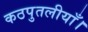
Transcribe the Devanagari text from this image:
कठपुतलीयाँ।